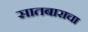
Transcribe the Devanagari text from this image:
सातबाराचा